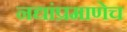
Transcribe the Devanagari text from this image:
नद्यांप्रमाणेच